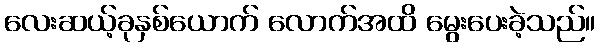
လေးဆယ့်ခုနှစ်ယောက် လောက်အထိ မွေးပေးခဲ့သည်။